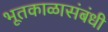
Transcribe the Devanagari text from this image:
भूतकाळासंबंधी